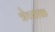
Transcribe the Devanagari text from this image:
त्रेच्याक